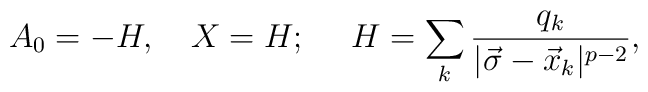
A_0=-H,\ \ \ X=H;\ \ \ \ H=\sum_k{{q_k}\over{|\vec{\sigma}-\vec{x}_k|^{p-2}}},